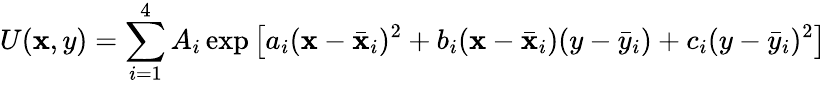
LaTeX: U(\mathbf{x},y)=\sum_{i=1}^{4}A_{i}\exp\left[a_{i}(\mathbf{x}-\bar{{\mathbf{x}}}_{i})^{2}+b_{i}(\mathbf{x}-\bar{{\mathbf{x}}}_{i})(y-\bar{{y}}_{i})+c_{i}(y-\bar{{y}}_{i})^{2}\right]